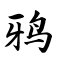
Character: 鸦